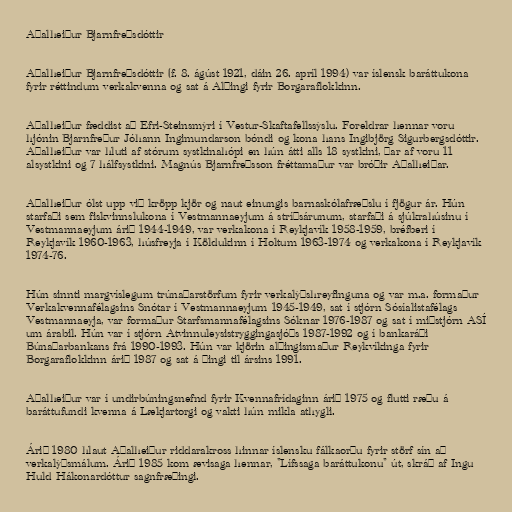
Aðalheiður Bjarnfreðsdóttir

Aðalheiður Bjarnfreðsdóttir (f. 8. ágúst 1921, dáin 26. apríl 1994) var íslensk baráttukona
fyrir réttindum verkakvenna og sat á Alþingi fyrir Borgaraflokkinn.

Aðalheiður fæddist að Efri-Steinsmýri í Vestur-Skaftafellssýslu. Foreldrar hennar voru
hjónin Bjarnfreður Jóhann Ingimundarson bóndi og kona hans Ingibjörg Sigurbergsdóttir.
Aðalheiður var hluti af stórum systkinahópi en hún átti alls 18 systkini, þar af voru 11
alsystkini og 7 hálfsystkini. Magnús Bjarnfreðsson fréttamaður var bróðir Aðalheiðar.

Aðalheiður ólst upp við kröpp kjör og naut einungis barnaskólafræðslu í fjögur ár. Hún
starfaði sem fiskvinnslukona í Vestmannaeyjum á stríðsárunum, starfaði á sjúkrahúsinu í
Vestmannaeyjum árið 1944-1949, var verkakona í Reykjavík 1958-1959, bréfberi í
Reykjavík 1960-1963, húsfreyja í Köldukinn í Holtum 1963-1974 og verkakona í Reykjavík
1974-76.

Hún sinnti margvíslegum trúnaðarstörfum fyrir verkalýðshreyfinguna og var m.a. formaður
Verkakvennafélagsins Snótar í Vestmannaeyjum 1945-1949, sat í stjórn Sósíalistafélags
Vestmannaeyja, var formaður Starfsmannafélagsins Sóknar 1976-1987 og sat í miðstjórn ASÍ
um árabil. Hún var í stjórn Atvinnuleysistryggingasjóðs 1987-1992 og í bankaráði
Búnaðarbankans frá 1990-1993. Hún var kjörin alþingismaður Reykvíkinga fyrir
Borgaraflokkinn árið 1987 og sat á þingi til ársins 1991.

Aðalheiður var í undirbúningsnefnd fyrir Kvennafrídaginn árið 1975 og flutti ræðu á
baráttufundi kvenna á Lækjartorgi og vakti hún mikla athygli.

Árið 1980 hlaut Aðalheiður riddarakross hinnar íslensku fálkaorðu fyrir störf sín að
verkalýðsmálum. Árið 1985 kom ævisaga hennar, "Lífssaga baráttukonu" út, skráð af Ingu
Huld Hákonardóttur sagnfræðingi.